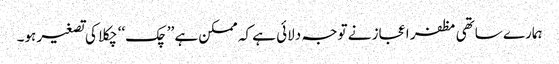
ہمارے ساتھی مظفر اعجاز نے توجہ دلائی ہے کہ ممکن ہے ’’چک‘‘ چکلا کی تصغیر ہو۔